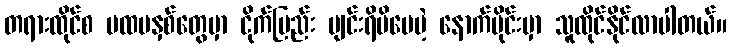
တရားထိုင်စ ပထမနှစ်တွေမှာ ငိုက်မြည်း ပျင်းရိမိပေမဲ့ နောက်ပိုင်းမှာ သူထိုင်နိုင်လာပါတယ်။